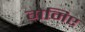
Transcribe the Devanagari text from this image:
गेमिए